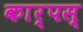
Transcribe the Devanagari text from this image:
कार्पस्